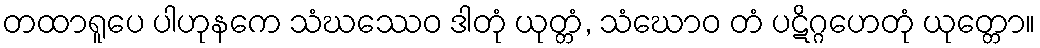
တထာရူပေ ပါဟုနကေ သံဃဿေဝ ဒါတုံ ယုတ္တံ, သံဃောဝ တံ ပဋိဂ္ဂဟေတုံ ယုတ္တော။